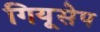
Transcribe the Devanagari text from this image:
गियूसेप